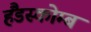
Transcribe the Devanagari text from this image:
हैंडस्कोम्ब